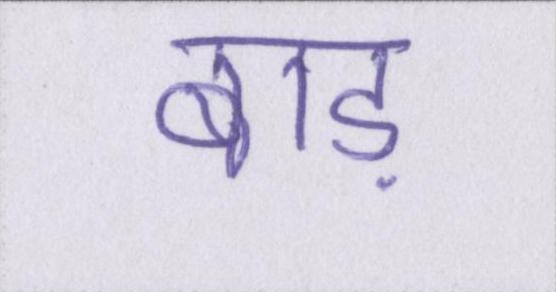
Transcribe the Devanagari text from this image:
बाड़